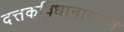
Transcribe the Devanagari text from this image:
दत्तकविधानावरुन